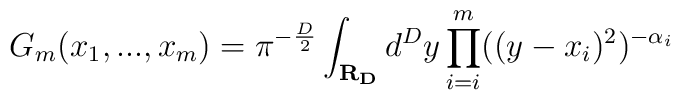
G_m(x_1,...,x_m) = \pi^{-\frac{D}{2}} \int_{\bf{R}_D} d^Dy \prod_{i=i}^m ((y-x_i)^2)^{-\alpha_i}